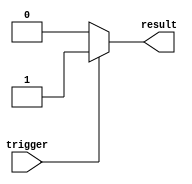
module GenerateTaskBlock (
    input trigger,
    output result
);

reg state;

always @ (trigger) begin
    if (trigger == 1) begin
        // Execute specific set of tasks
        // based on certain conditions or parameters
        
        // Update state of tasks being performed
        state <= 1;
        
        // Provide results of tasks performed
        result <= 1;
    end else begin
        // Handle exceptions or errors
        result <= 0;
    end
end

endmodule